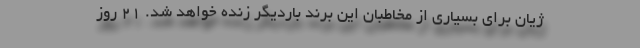
ژیان برای بسیاری از مخاطبان این برند باردیگر زنده خواهد شد. ۲۱ روز